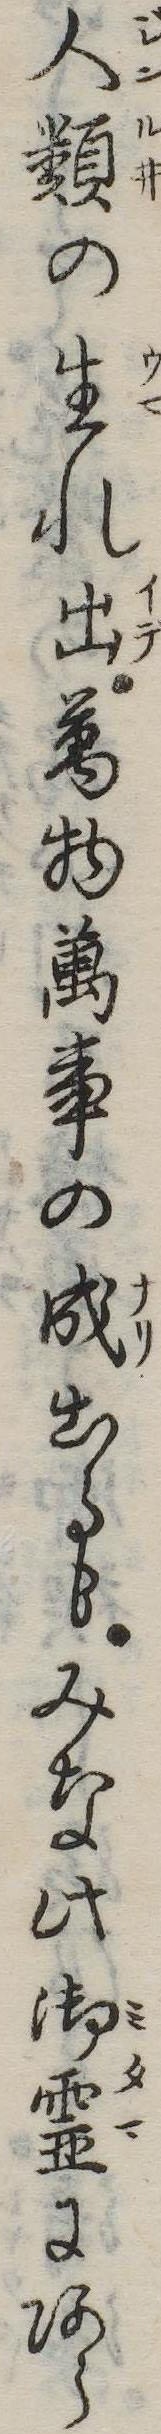
人類の生れ出万物万事の成出るもみな此御霊にあら